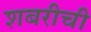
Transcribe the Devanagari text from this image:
शबरीची